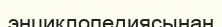
энциклопедиясынан